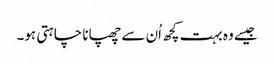
جیسے وہ بہت کچھ اُن سے چھپانا چاہتی ہو۔